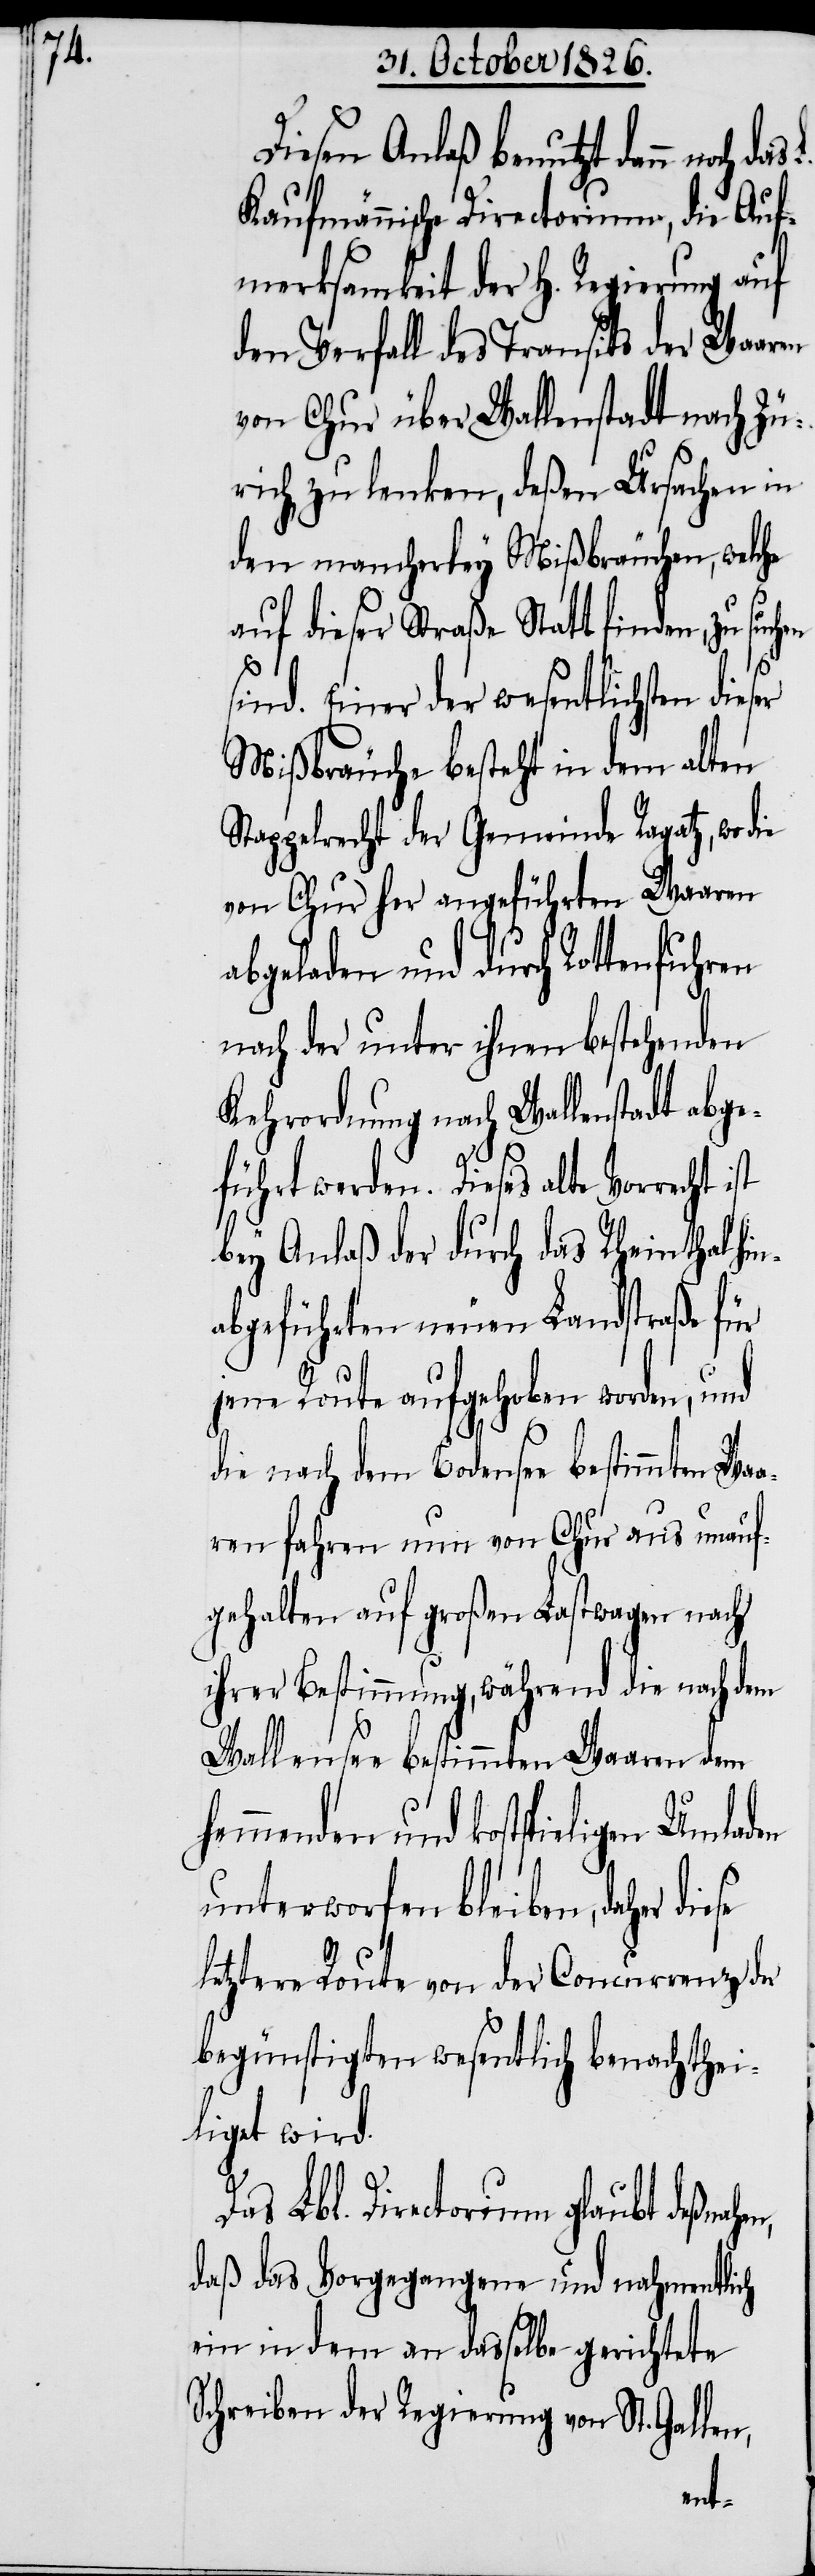
Diesen Anlaß benutzt dann noch das
Kaufmännische Directorium, die Auf¬
merksamkeit der h. Regierung auf
den Verfall des Transits der Waaren
von Chur über Wallenstadt nach Zü¬
rich zu lenken, deßen Ursachen in
den mancherley Mißbräuchen, welche
auf dieser Straße Statt finden,
se
ind. Einer der wesentlichsten
Mißbräuche besteht in dem alten
Stappelrecht der Gemeinde Ragatz, wo die
von Chur her angeführten Waaren
abgeladen und durch Rottenfuhren
nach der unter ihnen bestehenden
Kehrordnung nach Wallenstadt abge¬
führt werden. Dieses alte Vorrecht
bey Anlaß der durch das Rheinthal hin¬
abgeführten neuen Landstraße für
jene Route aufgehoben worden, und
die nach dem Bodensee bestimmten Wa¬
aren fahren nun von Chur aus unauf¬
gehalten auf großen Lastwagen nach
Bestimmung, während die nach
Wallensee bestimmten Waaren dem
hemmenden und kostspieligen
unterworfen bleiben, daher die¬
letztere Route von der Concurrenz der
begünstigten wesentlich benachthei¬
liget wird.
Das Lbl. Directorium glaubt deßnah¬
daß das Vorgegangene und nahmentlich
ein in dem an dasselbe gerichtete
Schreiben der Regierung von St. Gallen
en,